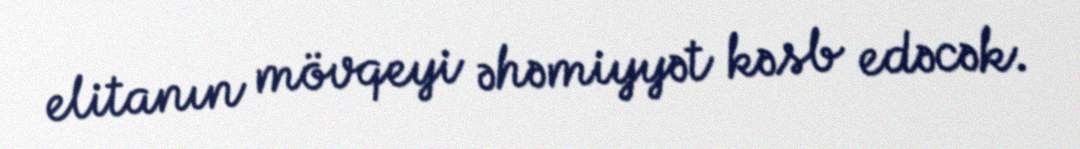
elitanın mövqeyi əhəmiyyət kəsb edəcək.